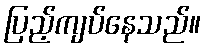
ပြည့်ကျပ်နေသည်။